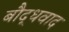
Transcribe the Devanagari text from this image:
बौद्धवाद